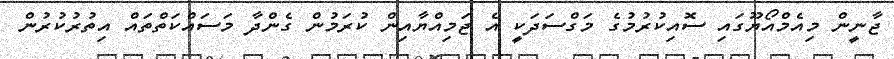
ޖާނީން މިއެމްއޯޔޫގައި ސޮއިކުރުމުގެ މަގްސަދަކީ އެ ޖަމިއްޔާއިން ކުރަމުން ގެންދާ މަސައްކަތްތައް އިތުރުކުރުން